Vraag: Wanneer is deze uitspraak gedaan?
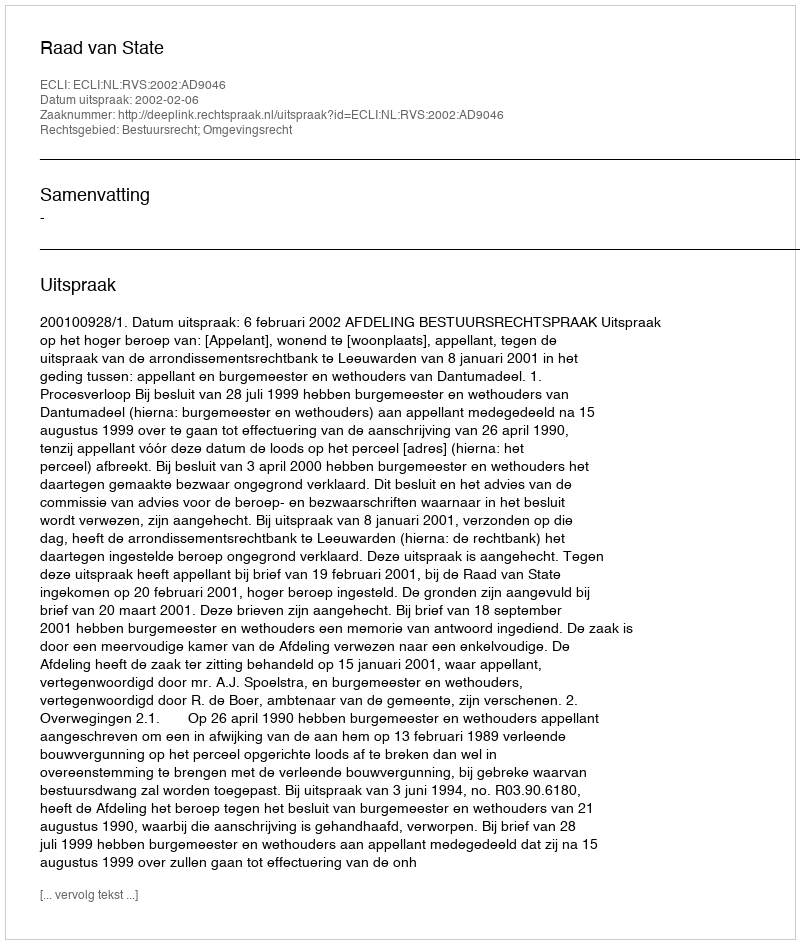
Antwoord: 2002-02-06